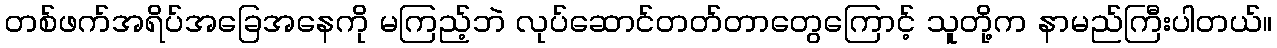
တစ်ဖက်အရိပ်အခြေအနေကို မကြည့်ဘဲ လုပ်ဆောင်တတ်တာတွေကြောင့် သူတို့က နာမည်ကြီးပါတယ်။